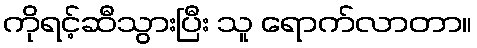
ကိုရင့်ဆီသွားပြီး သူ ရောက်လာတာ။